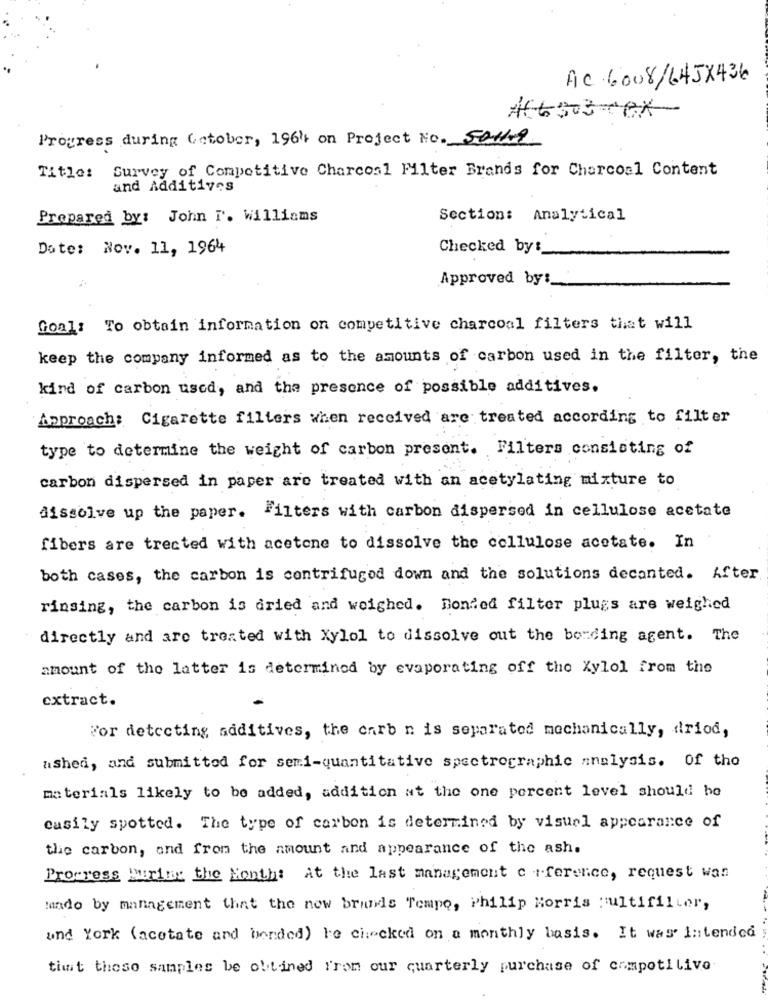
AC 6008/ 645X436
AC6303-CX-
Progress during October, 196' on Project No. 5049
Title: Survey of Competitive Charcos1 Filter Brands for Charcoal Content
and Additives
Prepared by: John F. Williams
Section: Analytical
Date: Nov. 11, 1964
Checked by :_
Approved by:
Goal: To obtain information on competitive charcoal filters that will
keep the company informed as to the amounts of carbon used in the filter, the
kind of carbon used, and the presence of possible additives.
Approach: Cigarette filters when received are treated according to filter
type to determine the weight of carbon present. Filters consisting of
carbon dispersed in paper are treated with an acetylating mixture to
dissolve up the paper. Filters with carbon dispersed in cellulose acetate
fibers are trected with acetone to dissolve the cellulose acetate. In
both cases, the carbon is centrifuged down and the solutions decanted. After
rinsing, the carbon is dried and weighed. Bonded filter plugs are weighed
directly and are treated with Xylol to dissolve out the bording agent. The
amount of the latter is determined by evaporating off the Xylol from the
extract.
For detecting additives, the carb n is separated mechanically, driod,
ashed, and submittod for semi-quantitative spectrographic analysis. Of tho
materials likely to be added, addition at the one percent level should be
casily spotted. The type of carbon is determined by visuel appearance of
the carbon, and from the amount and appearance of the ash.
Progress During the Month: At the last management c +ference, request wan
Mundo by management that the new brands Tempo, Philip Morris multifilter,
und York (acetate and bonded) Fe checked on a monthly basis. It was intended
that these samples be obtained from our quarterly purchase of campotilive